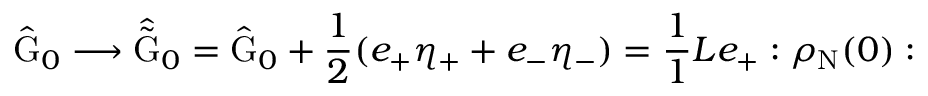
\hat { \mathrm { G } } _ { 0 } \longrightarrow \hat { \tilde { \mathrm { G } } } _ { 0 } = \hat { \mathrm { G } } _ { 0 } + \frac { 1 } { 2 } ( e _ { + } { \eta } _ { + } + e _ { - } { \eta } _ { - } ) = \frac { 1 } { 1 } { L } e _ { + } : \rho _ { \mathrm { N } } ( 0 ) :